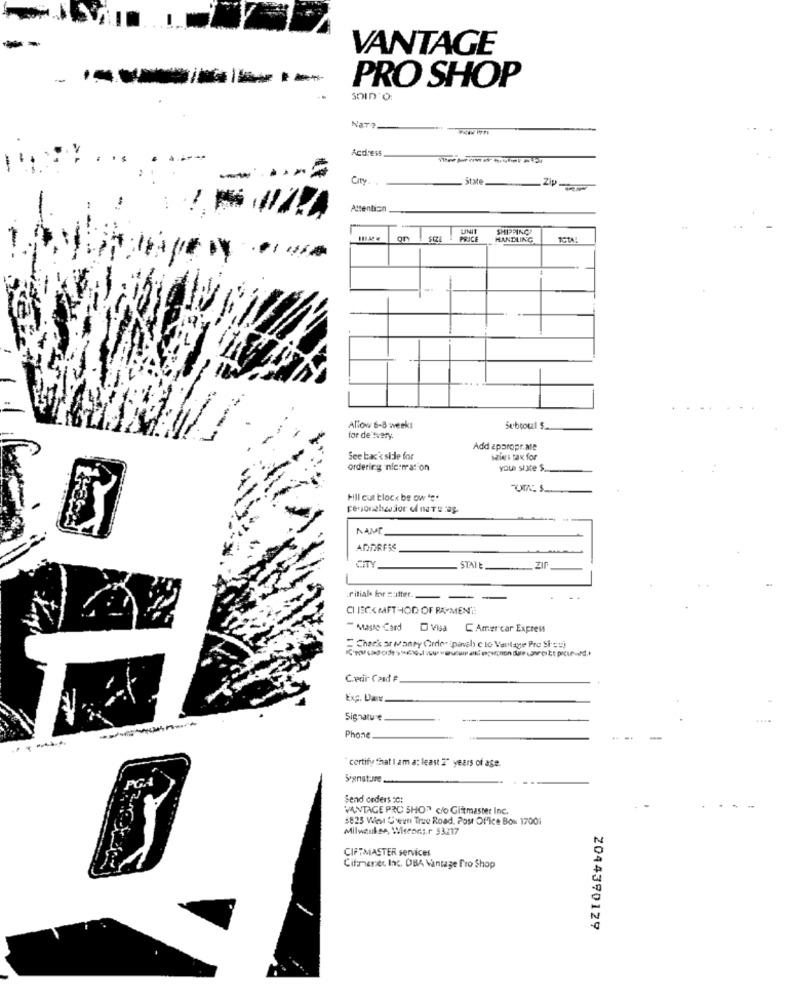
VANTAGE
PRO SHOP
NaTe
Acdress
City. .
state
-
Attention
UNIT
SHIPPING!
gr
PRICE
HANDLING
Allow 6-8 weeks
Subrouzl $.
for de tvary
Add appropr.ale
See back side for
siers tax for
ordering nformation
your slate S.
Fill cut blocx be ow ***
NAME
ADDRESS
CITY
STATE __ ZIF.
.ritiale for mutter.
CHECK METHOD OF PAYMENT!
" Magte Card
Visa
C Amer car Express
= Chack ar wanty Greenspanab c to Vantage Pro Sieuj
C.erir Card #
ExC. Dane
Signature.
Phone
"certify that I am a: least 2" years of age.
Signature
Send orders c:
VANTAGE PRC SHOT c/o Glitmaster Inc.
-
$825 Wel Cheun True Road. Post Office Box 17001
Milwaukee, Wiscons.r $3217
CIFTMASTER services
Cifimenes Inc. DBA Vantage Pro Shop
2044390129